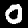
Digit: 0